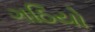
ગઠિયો